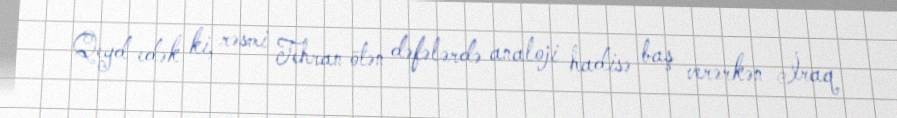
Qeyd edək ki, rəsmi Tehran ötən dəfələrdə analoji hadisə baş verərkən İraq